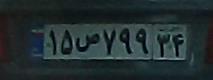
۱۵ص۷۹۹۳۴